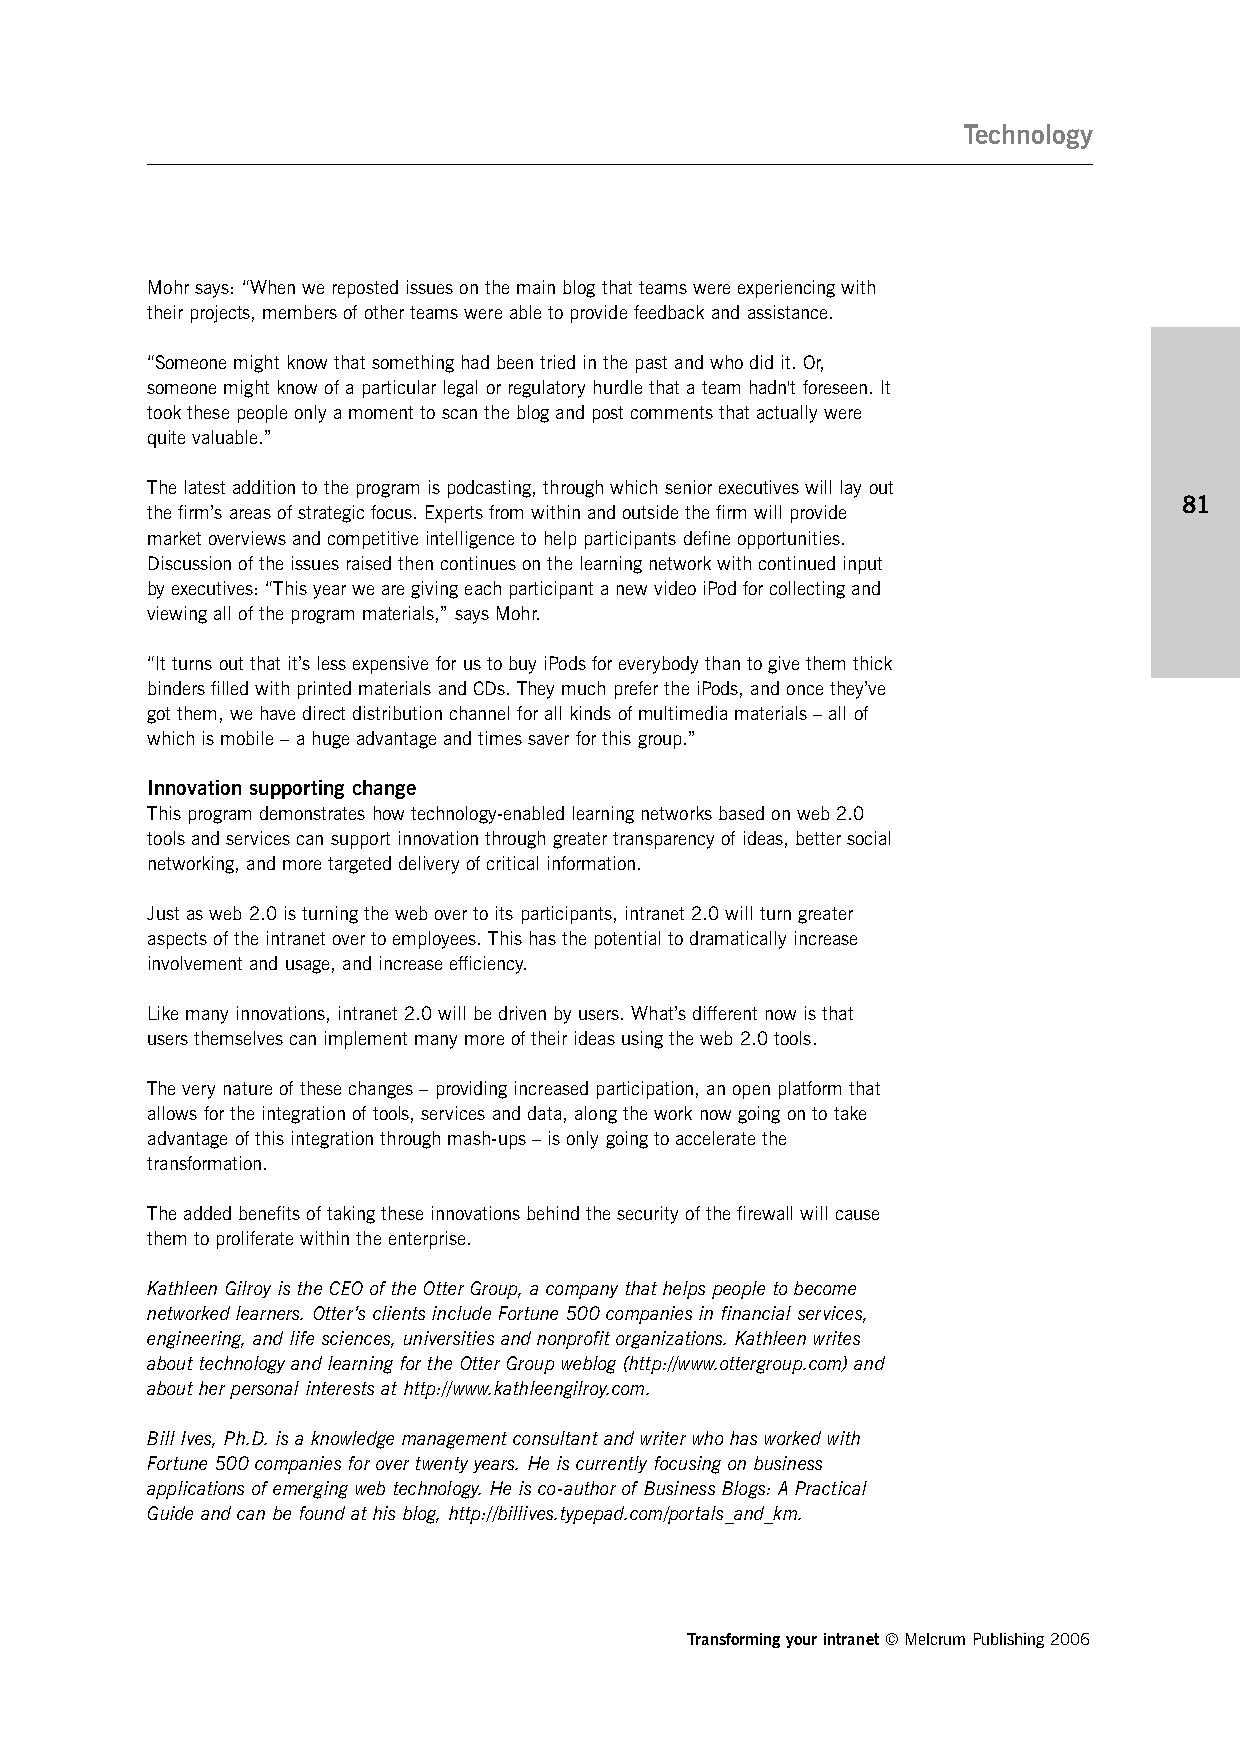
Technology
 Mohr says: “When we reposted issues on the main blog that teams were experiencing with
 their projects, members of other teams were able to provide feedback and assistance.
 “Someone might know that something had been tried in the past and who did it. Or,
 someone might know of a particular legal or regulatory hurdle that a team hadn't foreseen. It
 took these people only a moment to scan the blog and post comments that actually were
 quite valuable.”
 The latest addition to the program is podcasting, through which senior executives will lay out
 81
 the firm’s areas of strategic focus. Experts from within and outside the firm will provide
 market overviews and competitive intelligence to help participants define opportunities.
 Discussion of the issues raised then continues on the learning network with continued input
 by executives: “This year we are giving each participant a new video iPod for collecting and
 viewing all of the program materials,” says Mohr.
 “It turns out that it’s less expensive for us to buy iPods for everybody than to give them thick
 binders filled with printed materials and CDs. They much prefer the iPods, and once they’ve
 got them, we have direct distribution channel for all kinds of multimedia materials – all of
 which is mobile – a huge advantage and times saver for this group.”
 Innovation supporting change
 This program demonstrates how technology-enabled learning networks based on web 2.0
 tools and services can support innovation through greater transparency of ideas, better social
 networking, and more targeted delivery of critical information.
 Just as web 2.0 is turning the web over to its participants, intranet 2.0 will turn greater
 aspects of the intranet over to employees. This has the potential to dramatically increase
 involvement and usage, and increase efficiency.
 Like many innovations, intranet 2.0 will be driven by users. What’s different now is that
 users themselves can implement many more of their ideas using the web 2.0 tools.
 The very nature of these changes – providing increased participation, an open platform that
 allows for the integration of tools, services and data, along the work now going on to take
 advantage of this integration through mash-ups – is only going to accelerate the
 transformation.
 The added benefits of taking these innovations behind the security of the firewall will cause
 them to proliferate within the enterprise.
 Kathleen Gilroy is the CEO of the Otter Group, a company that helps people to become
 networked learners. Otter’s clients include Fortune 500 companies in financial services,
 engineering, and life sciences, universities and nonprofit organizations. Kathleen writes
 about technology and learning for the Otter Group weblog (http://www.ottergroup.com) and
 about her personal interests at http://www.kathleengilroy.com.
 Bill Ives, Ph.D. is a knowledge management consultant and writer who has worked with
 Fortune 500 companies for over twenty years. He is currently focusing on business
 applications of emerging web technology. He is co-author of Business Blogs: A Practical
 Guide and can be found at his blog, http://billives.typepad.com/portals_and_km.
 Transforming your intranet © Melcrum Publishing 2006